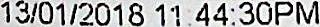
13/01/2018 11:44:30PM